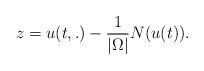
LaTeX: \begin{align*}z= u(t,.) - \frac{1}{|\Omega|} N(u(t)).\end{align*}